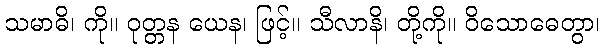
သမာဓိ၊ ကို။ ဝုတ္တန ယေန၊ ဖြင့်။ သီလာနိ၊ တို့ကို။ ဝိသောဓေတွာ၊